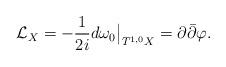
LaTeX: \begin{align*}\mathcal{L}_{X}=-\frac{1}{2i}d\omega_{0}\big|_{T^{1,0}X}=\partial \bar \partial \varphi.\end{align*}